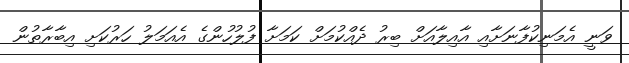
ވަނީ އެމަނިކުފާނަށާއި އާއިލާއަށް ބިރު ދެއްކުމަށް ކަމަށާ ފުލުހުންގެ އެއަމަލު ހަރުކަށި އިބާރާތުން